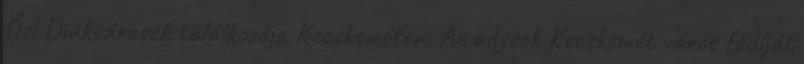
Ősi Diákvárosok találkozója Kecskeméten. Az adysok Kecskemét város fődíját